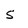
Character: 5